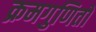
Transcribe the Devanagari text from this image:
क्रमगुणितों